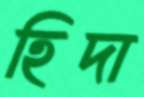
হিদা